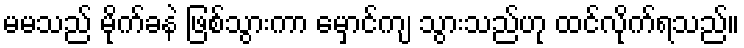
မမသည် မိုက်ခနဲ ဖြစ်သွားကာ မှောင်ကျ သွားသည်ဟု ထင်လိုက်ရသည်။